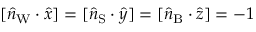
[ \hat { n } _ { \mathrm { W } } \cdot \hat { x } ] = [ \hat { n } _ { \mathrm { S } } \cdot \hat { y } ] = [ \hat { n } _ { \mathrm { B } } \cdot \hat { z } ] = - 1